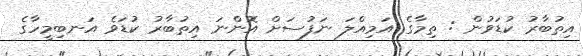
އިތުބާރު ކުޑަވުން : ތިމާގެ އަމިއްލަ ނަފުސަށް އޮންނަ އިތުބާރު ކުޑަވެ އަނބިމީހާގެ